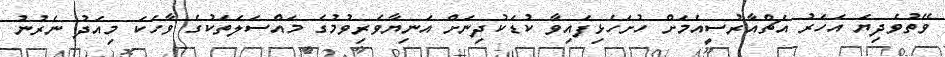
ވޭތުވެދިޔަ އަހަރު އެޗްއާރުސީއެމަށް ހުށަހެޅިފައިވާ ކުޑަކުދިނަށް އަނިޔާވެރިވުމުގެ މައްސަލަތަކުގެ ވާހަކަ މިއަދު ނެރުނު